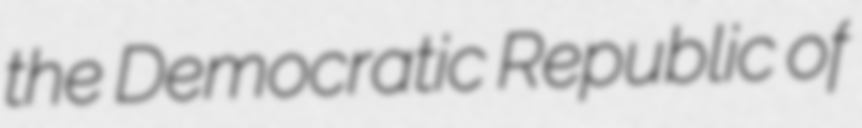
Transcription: the Democratic Republic of